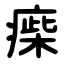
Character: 㾹